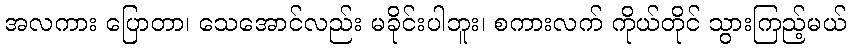
အလကား ပြောတာ၊ သေအောင်လည်း မခိုင်းပါဘူး၊ စကားလက် ကိုယ်တိုင် သွားကြည့်မယ်